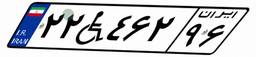
۱۲W۵۸۱۹۳